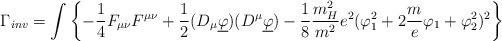
LaTeX: \begin{align*}\Gamma_{inv} = \int \left\{ -\frac{1}{4} F_{\mu \nu} F^{\mu \nu} + \frac{1}{2} (D_{\mu} \underline \varphi ) (D^{\mu} \underline \varphi) - \frac{1}{8} \frac{m_H^2}{m^2} e^2 (\varphi_1^2 + 2\frac me \varphi_1 +\varphi _2^2 )^2 \right\}\end{align*}